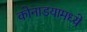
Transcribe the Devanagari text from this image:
कोनाडयामध्ये